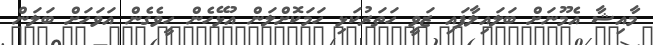
މާއިޝާ އެމޫނަށް ބަލައިލާފައި ޒަވީ ހަތަރުކަޅި ހަމަކޮށްލަން އުޅޭހެން ހީވެގެން އަވަހަށް ބަލަން